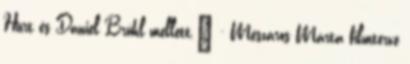
Hurt és Daniel Brühl mellett." - Mészáros Márta filmterve